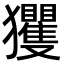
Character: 玃